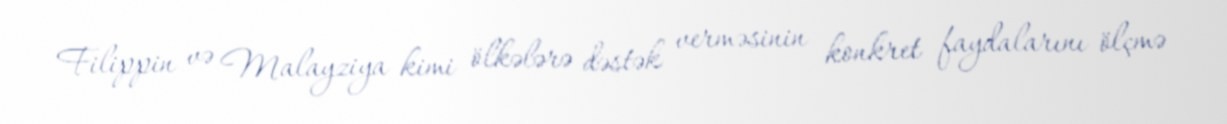
Filippin və Malayziya kimi ölkələrə dəstək verməsinin konkret faydalarını ölçmə